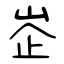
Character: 峜